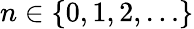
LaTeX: n\in\{ 0,1,2,\ldots\}